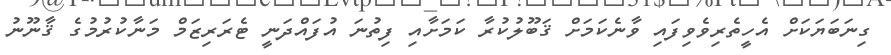
ގިނަބަޔަކަށް އެހީތެރިވެވިފައި ވާނެކަަމަށް ޤަބޫލުކުރާ ކަމަށާއި ފިތުނަ އުފައްދަނީ ޓެރަރިޒަމް މަނާކުރުމުގެ ޤާނޫނު